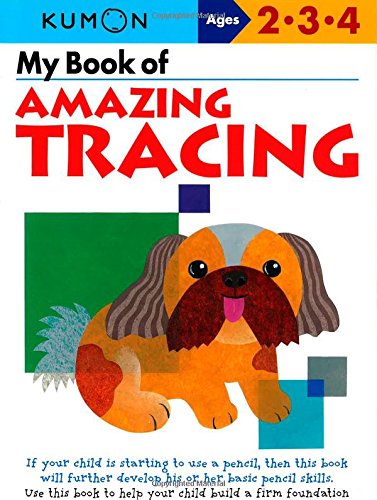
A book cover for My Book of Amazing Tracing (Kumon Workbooks); Kumon Publishing; Children's Books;